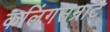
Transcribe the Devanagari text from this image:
कलिंगसम्राट्